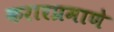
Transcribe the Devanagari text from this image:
करारप्रमाणे